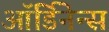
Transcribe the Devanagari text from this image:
ऑर्डिनेन्स